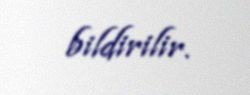
bildirilir.